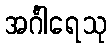
အင်္ဂါရေသု